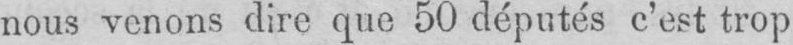
nous venons dire que 50 députés c’est trop